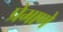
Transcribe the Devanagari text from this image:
प्रेमाणे